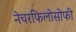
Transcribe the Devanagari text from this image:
नेचरफिलोसोफी